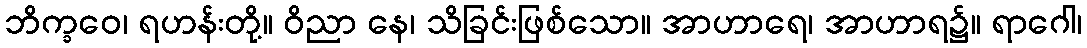
ဘိက္ခဝေ၊ ရဟန်းတို့။ ဝိညာ နေ၊ သိခြင်းဖြစ်သော။ အာဟာရေ၊ အာဟာရ၌။ ရာဂေါ၊